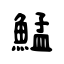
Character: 鯭